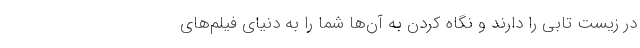
در زیست تابی را دارند و نگاه کردن به آن‌ها شما را به دنیای فیلم‌های